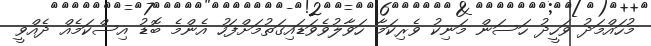
މުހައްމަދު ވަހީދު ހަސަން މަނިކު ވެރިކަމާ ހަވާލުވެވަޑައިގަތުމަށްފަހު އެންމެ ބޮޑު އިސްކަމެއް ދެއްވީ